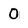
Character: 0